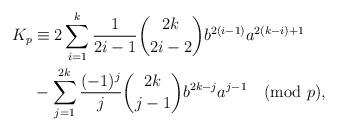
LaTeX: \begin{align*} K_p & \equiv 2 \sum_{i=1}^{k} \dfrac{1}{2i-1} \binom{2k}{2i-2}b^{2(i-1)} a^{2(k-i)+1} \\& - \sum_{j=1}^{2k} \dfrac{(-1)^j}{j} \binom{2k}{j-1}b^{2k-j}a^{j-1} \pmod{p},\end{align*}